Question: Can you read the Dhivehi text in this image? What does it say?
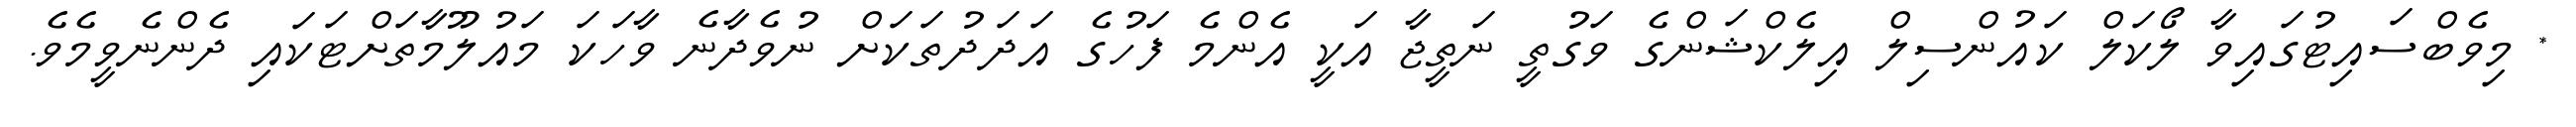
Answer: * މިވެބްސައިޓުގައިވާ ލޯކަލް ކައުންސިލް އިލެކްޝަންގެ ވަގުތީ ނަތީޖާ އަކީ އެންމެ ފަހުގެ އަދަދުތަކަށް ނުވެދާނެ ވާހަކަ މައުލޫމާތަށްޓަކައި ދެންނެވީމެވެ.